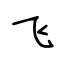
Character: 飞